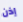
إذن